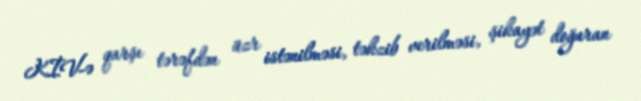
KİV-ə qarşı tərəfdən üzr istənilməsi, təkzib verilməsi, şikayət doğuran